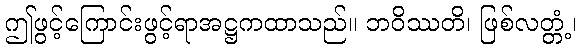
ဤဖွင့်ကြောင်းဖွင့်ရာအဋ္ဌကထာသည်။ ဘဝိဿတိ၊ ဖြစ်လတ္တံ့၊